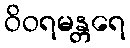
ဝိဝရမန္တရေ